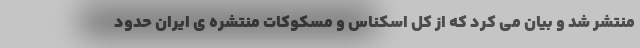
منتشر شد و بیان می کرد که از کل اسکناس و مسکوکات منتشره ی ایران حدود